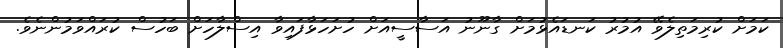
ކަމަށް ކުރިމަތިލެވޭ އުމުރު ކަނޑައެޅުމަށް ގާނޫނު އަސާސީއަށް ހުށަހަޅާފައިވާ އިސްލާހަށް ބަހުސް ކުރައްވަމުންނެވެ.